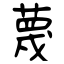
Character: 蔑